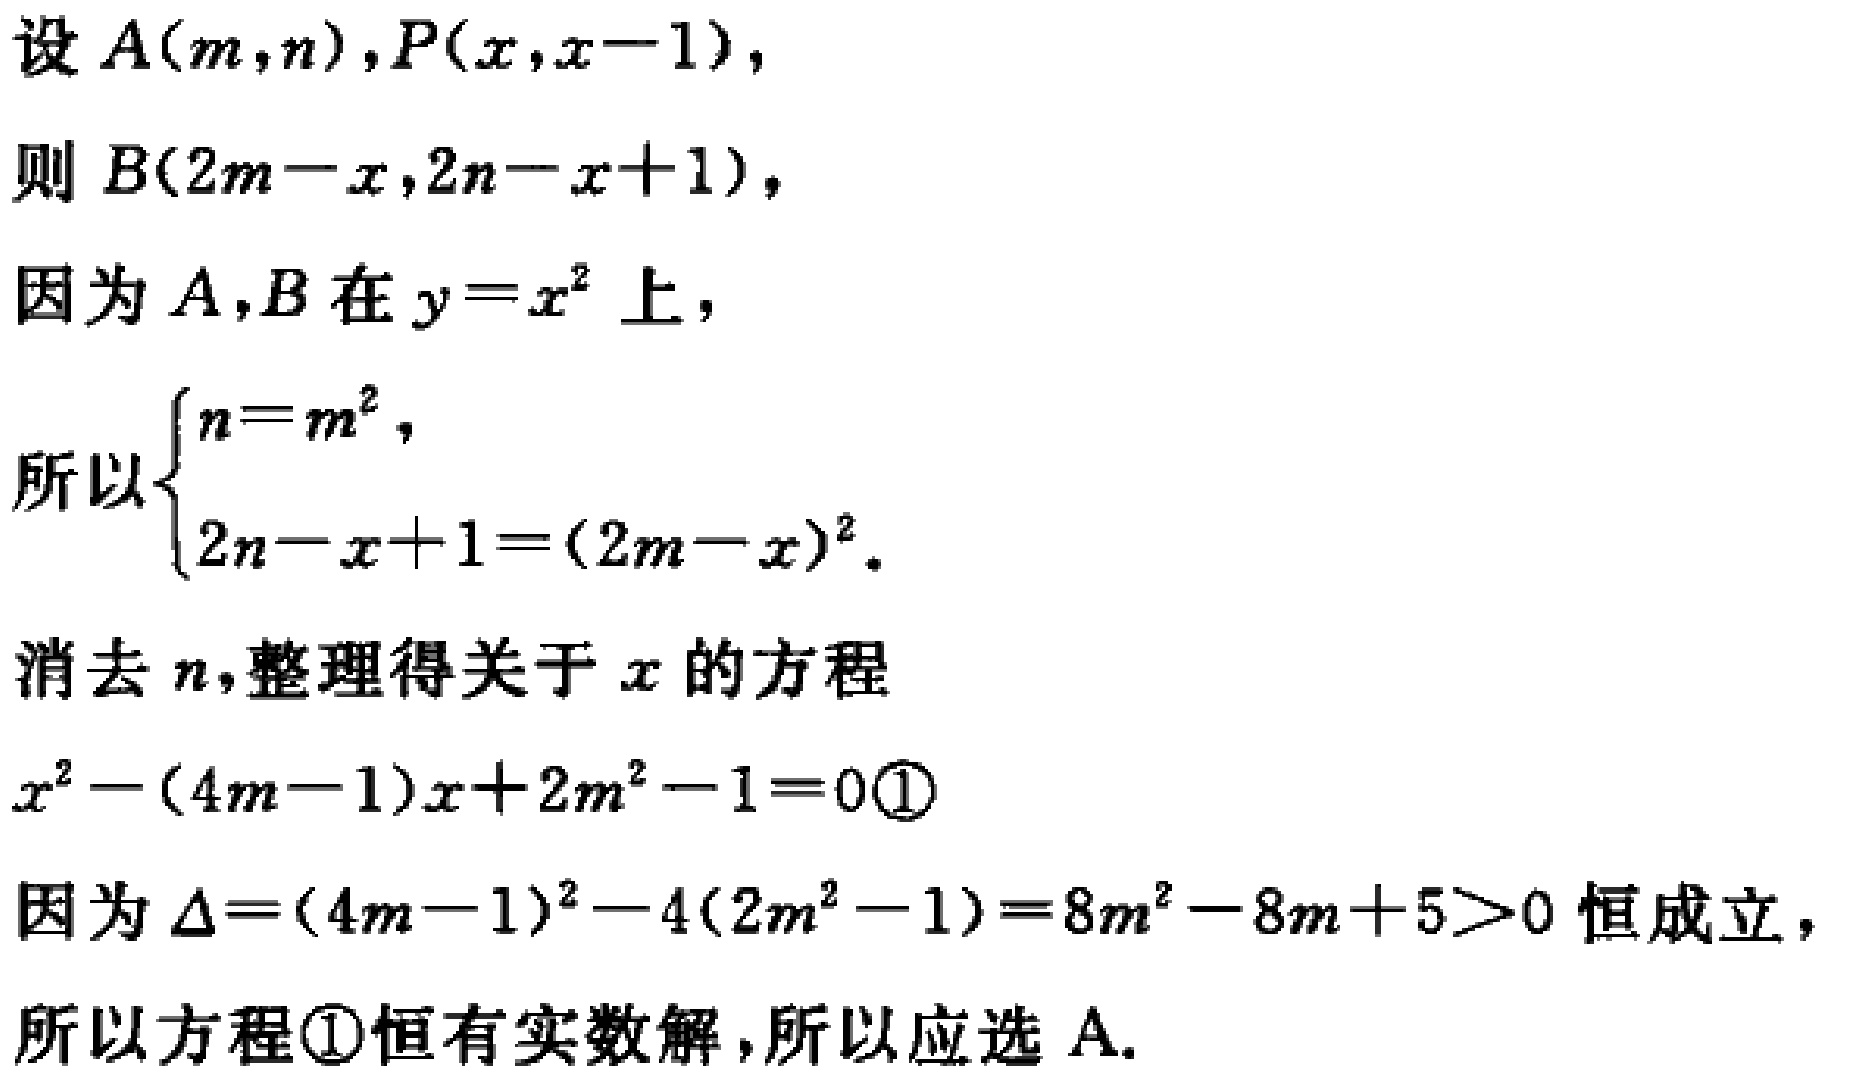
设 \(A(m,n),P(x,x - 1)\)，
则 \(B(2m - x,2n - x + 1)\)，
因为 \(A,B\) 在 \(y = x^{2}\) 上，
所以\(\begin{cases}n = m^{2},\\2n - x + 1=(2m - x)^{2}.\end{cases}\)
消去 \(n\)，整理得关于 \(x\) 的方程
\(x^{2}-(4m - 1)x + 2m^{2}-1 = 0\enclose{circle}{1}\)
因为 \(\Delta=(4m - 1)^{2}-4(2m^{2}-1)=8m^{2}-8m + 5>0\) 恒成立，
所以方程\(\enclose{circle}{1}\)恒有实数解，所以应选 A.